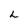
Character: L